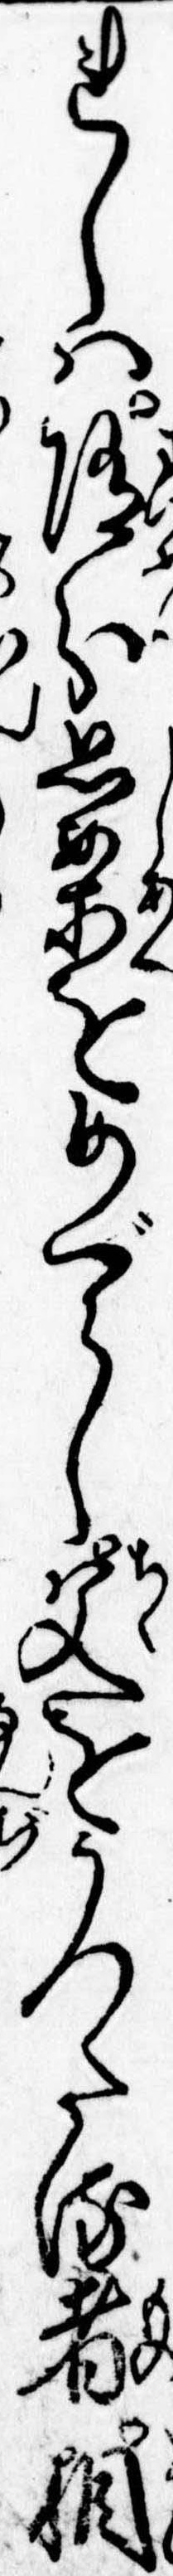
れしは随分思案をめぐらし父をうつたる者相